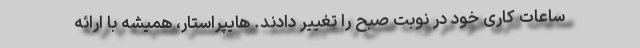
ساعات کاری خود در نوبت صبح را تغییر دادند. هایپراستار، ‌همیشه با ارائه